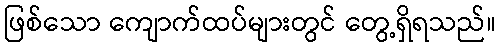
ဖြစ်သော ကျောက်ထပ်များတွင် တွေ့ရှိရသည်။